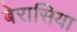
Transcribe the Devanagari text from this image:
बेरासिया